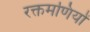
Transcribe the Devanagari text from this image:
रक्तमणियों